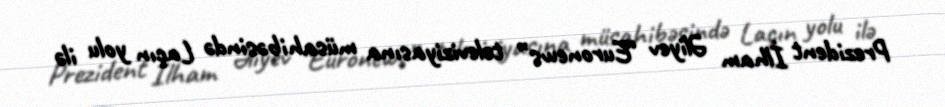
Prezident İlham Əliyev “Euronews” televiziyasına müsahibəsində Laçın yolu ilə